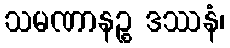
သမဏာနဉ္စ ဒဿနံ၊